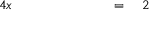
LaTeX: \begin{array} { r l r l r l r l } { { 4 } x } & { { } \quad } & { } & { { } \quad } & { } & { { } { } = { } } & { 2 } & { { } } \end{array}